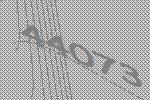
44073